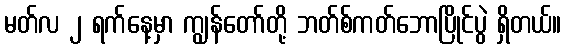
မတ်လ ၂ ရက်နေ့မှာ ကျွန်တော်တို့ ဘတ်စ်ကတ်ဘောပြိုင်ပွဲ ရှိတယ်။